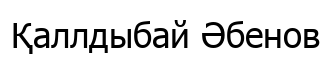
Қаллдыбай Әбенов